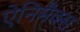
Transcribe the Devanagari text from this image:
ऐनिमैक्स